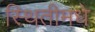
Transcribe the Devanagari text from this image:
स्थितीमधे